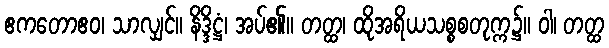
ဧကတောဧဝ၊ သာလျှင်။ နိဒ္ဒိဋ္ဌံ၊ အပ်၏။ တတ္ထ၊ ထိုအရိယသစ္စစတုက္က၌။ ဝါ၊ တတ္ထ